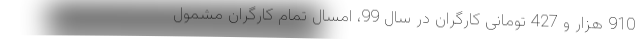
910 هزار و 427 تومانی کارگران در سال 99، امسال تمام کارگران مشمول